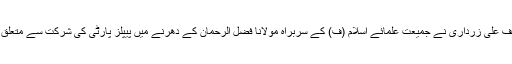
خیال رہے کہ سابق صدر اور پاکستان پیپلز پارٹی کے شریک چئیرمین آصف علی زرداری نے جمیعت علمائے اسلام (ف) کے سربراہ مولانا فضل الرحمان کے دھرنے میں پیپلز پارٹی کی شرکت سے متعلق فیصلہ کرنے کا اختیار پارٹی چئیرمین بلاول بھٹو زرداری کو دے دیا ہے۔